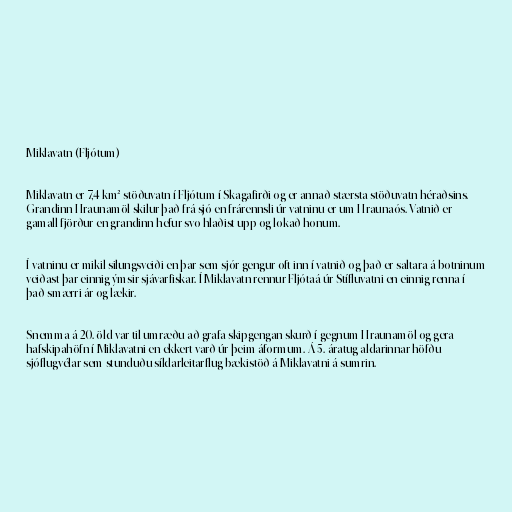
Miklavatn (Fljótum)

Miklavatn er 7,4 km² stöðuvatn í Fljótum í Skagafirði og er annað stærsta stöðuvatn héraðsins.
Grandinn Hraunamöl skilur það frá sjó en frárennsli úr vatninu er um Hraunaós. Vatnið er
gamall fjörður en grandinn hefur svo hlaðist upp og lokað honum.

Í vatninu er mikil silungsveiði en þar sem sjór gengur oft inn í vatnið og það er saltara á botninum
veiðast þar einnig ýmsir sjávarfiskar. Í Miklavatn rennur Fljótaá úr Stífluvatni en einnig renna í
það smærri ár og lækir.

Snemma á 20. öld var til umræðu að grafa skipgengan skurð í gegnum Hraunamöl og gera
hafskipahöfn í Miklavatni en ekkert varð úr þeim áformum. Á 5. áratug aldarinnar höfðu
sjóflugvélar sem stunduðu síldarleitarflug bækistöð á Miklavatni á sumrin.